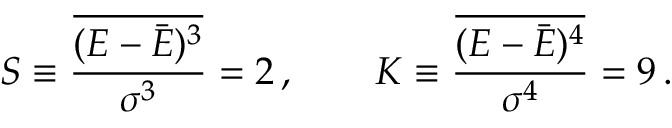
S \equiv \frac { \overline { { ( E - \bar { E } ) ^ { 3 } } } } { \sigma ^ { 3 } } = 2 \, , \qquad K \equiv \frac { \overline { { ( E - \bar { E } ) ^ { 4 } } } } { \sigma ^ { 4 } } = 9 \, .